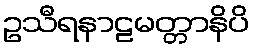
ဥသီရနာဠမတ္တာနိပိ